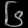
Digit: ၆